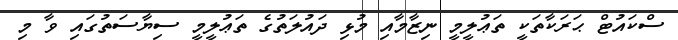
ސްކައުޓް ޙަރަކާތަކީ ތަޢުލީމީ ނިޒާމާއި މުޅި ދައުލަތުގެ ތަޢުލީމީ ސިޔާސަތުގައި ވާ މި